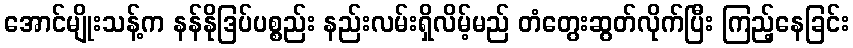
အောင်မျိုးသန့်က နန်နိုဒြပ်ပစ္စည်း နည်းလမ်းရှိလိမ့်မည် တံတွေးဆွတ်လိုက်ပြီး ကြည့်နေခြင်း